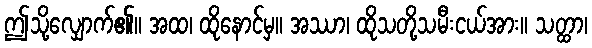
ဤသို့လျှောက်၏။ အထ၊ ထိုနောင်မှ။ အဿာ၊ ထိုသတို့သမီးငယ်အား။ သတ္ထာ၊